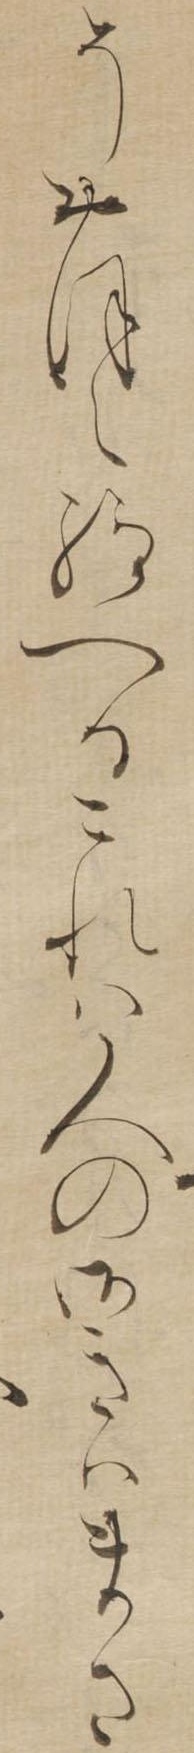
そおほえ給へるこれは人の御きはまさ